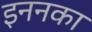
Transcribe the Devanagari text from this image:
इननका